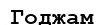
Годжам